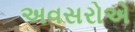
અવસરોએ